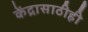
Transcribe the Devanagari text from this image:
केंद्रासाठीही